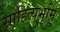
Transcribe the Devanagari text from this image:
साहित्यभूमि